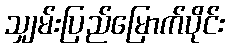
သျှမ်းပြည်မြောက်ပိုင်း